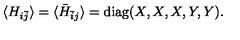
\langle H _ { i \bar { j } } \rangle = \langle \bar { H } _ { \bar { i } j } \rangle = \mathrm { d i a g } ( X , X , X , Y , Y ) .